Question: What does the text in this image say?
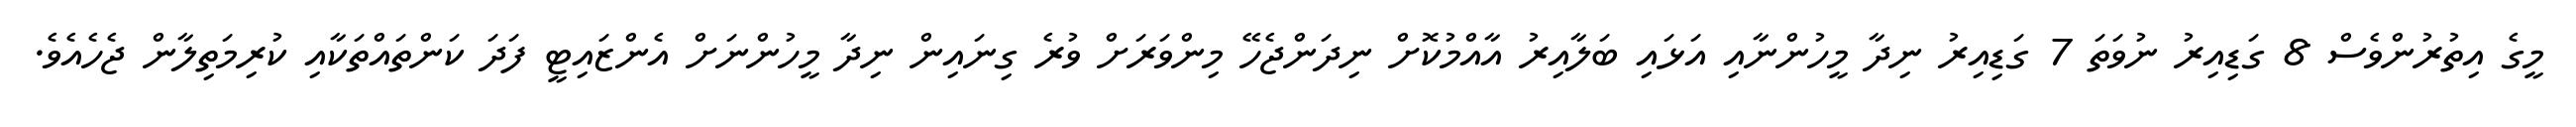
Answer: މީގެ އިތުރުންވެސް 8 ގަޑިއިރު ނުވަތަ 7 ގަޑިއިރު ނިދާ މީހުންނާއި އަޅައި ބަލާއިރު އާއްމުކޮށް ނިދަންޖެހޭ މިންވަރަށް ވުރެ ގިނައިން ނިދާ މީހުންނަށް އެންޒައިޓީ ފަދަ ކަންތައްތަކާއި ކުރިމަތިލާން ޖެހެއެވެ.